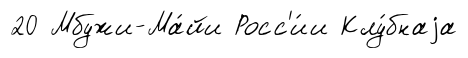
20 Мбужи-Ма́йи Росс'и́и Клу́бнаjа